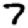
Digit: 7